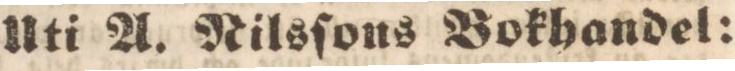
Uti A. Nilsſons Bokhandel: